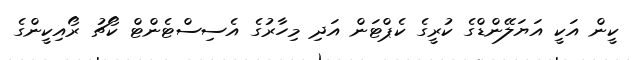
ކީން އަކީ އަޔަލޭންޑްގެ ކުރީގެ ކެޕްޓަން އަދި މިހާރުގެ އެސިސްޓެންޓް ކޯޗު ރޯއިކީންގެ